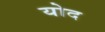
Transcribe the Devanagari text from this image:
योद